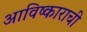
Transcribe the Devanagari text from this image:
आविष्काराची